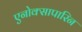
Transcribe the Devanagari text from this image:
एनोक्सापारिन